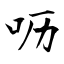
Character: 呖